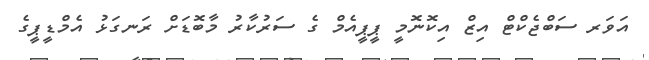
އަވަރ ސަބްޖެކްޓް އިޒް އިކޮނޮމީ ޕީޕީއެމް ގެ ސަރުކާރު މާބޮޑަށް ރަނގަޅު އެމްޑީޕީގެ